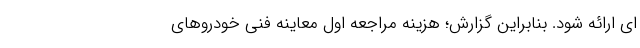
ای ارائه شود. بنابراین گزارش؛ هزینه مراجعه اول معاینه فنی خودروهای